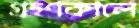
গ্রহণকালে